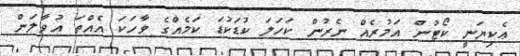
ޢެކިޔަނީ ކޯޓުން އަމުރެއް ނެރުން ކަހަލަ ކުޑަކުޑަ ކަމެއްގެ ވާހަކަ އެއްތަ އުވާލަން